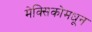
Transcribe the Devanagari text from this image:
मेक्सिकोमधून